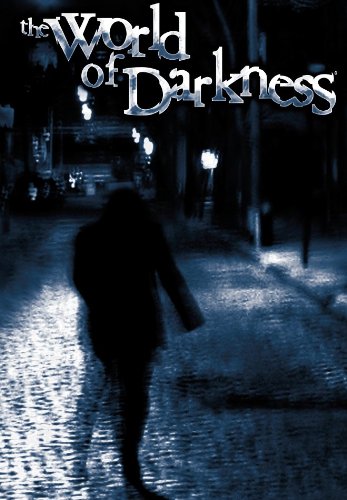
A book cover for The World of Darkness: Storytelling System Rulebook; White Wolf Game Studio; Science Fiction & Fantasy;